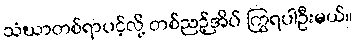
သံဃာတစ်ရာပင့်လို့ တစ်ညဉ့်အိပ် ကြွရပါဦးမယ်။